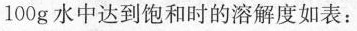
100g 水中达到饱和时的溶解度如表：